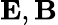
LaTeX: \mathbf{E},\mathbf{B}